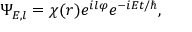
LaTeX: \Psi _ { { \cal E } , l } = \chi ( r ) e ^ { i l \varphi } e ^ { - i { \cal E } t / \hbar } ,